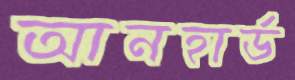
আনহার্ড